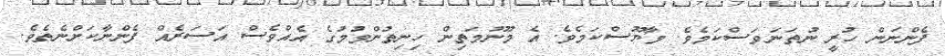
ފެންނަން ހުރީ ނުތަނަވަސްކަމެވެ. މާޔޫސްކަމެވެ. އެ މޫނުމަތިިން ހިނިތުންވުމުގެ އެއްވެސް އަސަރެއް ފެންނާކަށްނެތެވެ.